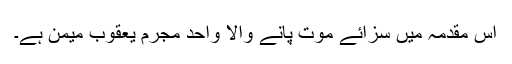
اس مقدمہ میں سزائے موت پانے والا واحد مجرم یعقوب میمن ہے۔